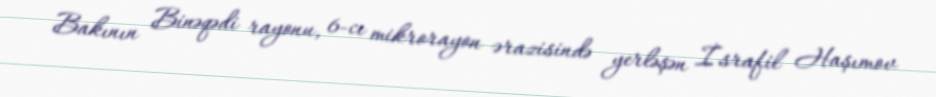
Bakının Binəqədi rayonu, 6-cı mikrorayon ərazisində yerləşən İsrafil Haşımov